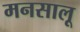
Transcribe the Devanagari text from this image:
मनसालू